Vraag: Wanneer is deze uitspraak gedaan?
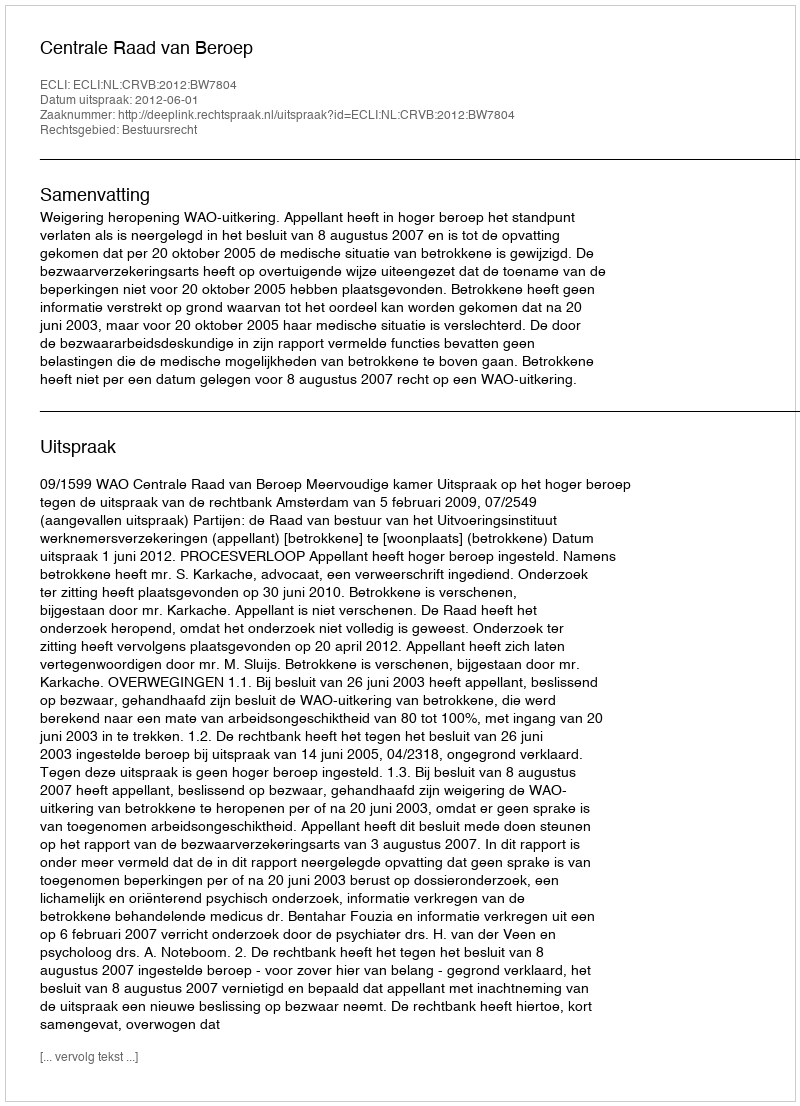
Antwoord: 2012-06-01